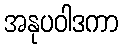
အနုပဝါဒကာ